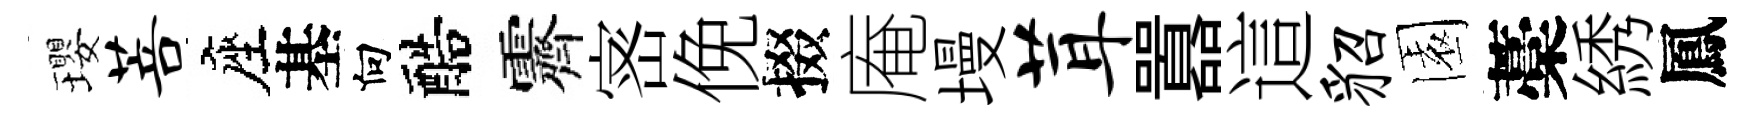
瓔菩座基向醅霽宻俛掇庵墁茸囂這貂園藁綉鳳